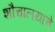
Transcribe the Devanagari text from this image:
शौचालयाचे